Lunatic asylums in Bengal annual reports 1899-1911 - 1899-1911
Year: 1899
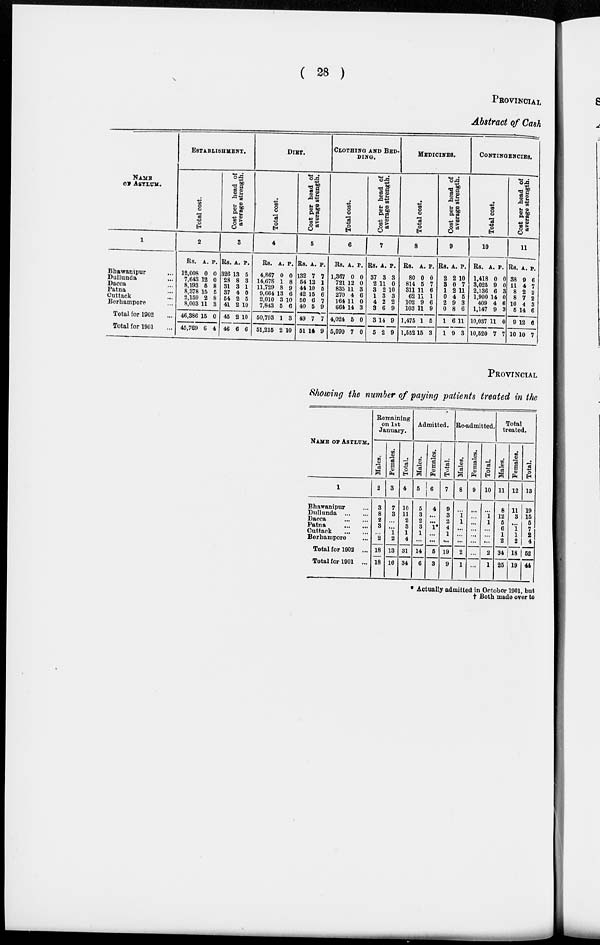
( 28 )
PROVINCIAL
Abstract of Cash
NAME
OF ASYLUM.
1
Bhawanipur ...
Dullunda ...
Dacca ...
Patna ...
Cuttack ...
Berhampore ...
Total for 1902 ...
Total for 1901 ...
ESTABLISHMENT.
Total cost.
2
Rs.
12,008
7,643
8,193
8,378
2,159
8,003
46,386
45,769
A.
0
12
5
15
2
11
15
6
P.
0
0
8
5
8
3
0
4
Cost per head of
average strength.
3
Rs.
326
28
31
37
54
41
45
46
A.
13
8
3
4
2
2
2
6
P.
5
3
1
0
5
10
10
6
DIET.
Total cost.
4
Rs.
4,867
14,678
11,729
9,664
2,010
7,843
50,793
51,215
A.
0
1
8
13
3
5
1
2
P.
0
8
9
6
10
6
3
10
Cost per head of
average strength.
5
Rs.
132
54
44
42
50
40
49
51
A.
7
12
10
15
6
5
7
14
P.
7
1
5
6
7
9
7
9
CLOTHING AND BED-
-----
Total cost.
6
Rs.
1,367
721
835
270
164
664
4,024
5,099
A.
0
12
11
4
11
14
5
7
P.
0
0
3
6
0
3
0
0
Cost per head of
average strength.
7
Rs.
37
2
3
1
4
3
3
5
A.
3
11
2
3
2
6
14
2
P.
3
0
10
3
2
9
9
9
MEDICINES.
Total cost.
8
Rs.
80
814
311
62
102
103
1,475
1,552
A.
0
5
11
11
9
11
1
15
P.
0
7
6
1
6
9
5
3
Cost per head of
average strength.
9
Rs.
2
3
1
0
2
0
1
1
A.
2
0
2
4
9
8
6
9
P.
10
7
11
5
3
6
11
3
CONTINGENCIES.
Total cost.
10
Rs.
1,418
3,025
2,136
1,900
409
1,147
10,037
10,520
A.
0
9
6
14
4
9
11
7
P.
0
0
3
0
6
3
0
7
Cost per head of
average strength.
11
Rs.
38
11
8
8
10
5
9
10
A.
9
4
2
7
4
14
12
10
P.
6
7
2
2
3
6
6
7
PROVINCIAL
Showing the number of paying patients treated in the
NAME OF ASYLUM.
1
Bhawanipur ...
Dullunda
...
...
Dacca
...
...
Patna
...
...
Cuttack
...
...
Berhampore ...
Total for 1902 ...
Total for 1901 ...
Remaining
on 1st
January.
Males.
2
3
8
2
3
...
2
18
18
Females.
3
7
3
...
...
1
2
13
16
Total.
4
10
11
2
3
1
4
31
34
Adimitted.
Males.
5
5
3
2
3
1
...
14
6
Females.
6
4
...
...
1*
...
...
5
3
Total.
7
9
3
2
4
1
...
19
9
Re-admitted.
Males.
8
...
1
1
...
...
...
2
1
Females.
9
...
...
...
...
...
...
...
...
Total.
10
...
1 1
...
...
...
2
1
Total
treated.
Males.
11
8
12
5
6
1
2
34
25
Females.
12
11
3
...
1
1
2
18
19
Total.
13
19
15
5
7
2
4
52
44
* Actually admitted in October 1901, but
† Both made over to